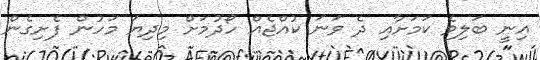
އިނީ ބަލިވެ ކަމަށާއި ދެ ވަނަ ކުއްޖެއް ހޯދުމަށް މިދިޔަ މަހުން ފެށިގެން